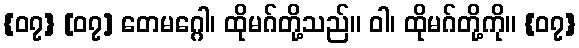
{၀၇} [၀၇] တေမဂ္ဂေါ၊ ထိုမဂ်တို့သည်။ ဝါ၊ ထိုမဂ်တို့ကို။ {၀၇}